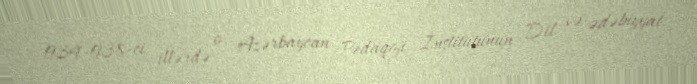
1934-1938-ci illərdə o, Azərbaycan Pedaqoji İnstitutunun Dil və ədəbiyyat